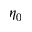
\eta _ { 0 }